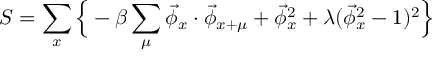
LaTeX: S = \sum _ { x } \Big \{ - \beta \sum _ { \mu } \vec { \phi } _ { x } \cdot \vec { \phi } _ { x + \mu } + \vec { \phi } _ { x } ^ { 2 } + \lambda ( \vec { \phi } _ { x } ^ { 2 } - 1 ) ^ { 2 } \Big \}